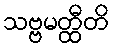
သဗ္ဗမတ္ထီတိ